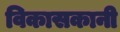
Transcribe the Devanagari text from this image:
विकासकानी